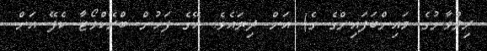
ރިލްވާނުގެ މައިންބަފައިންގެ ގެ) އަށް ދިޔައެވެ. އޭގެ ފަހުން ބްރޭކްވޯޓާ ކެފޭ އަށް